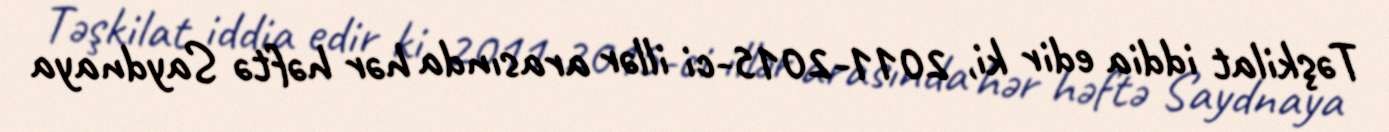
Təşkilat iddia edir ki, 2011-2015-ci illər arasında hər həftə Saydnaya